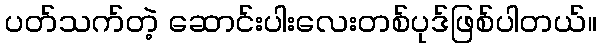
ပတ်သက်တဲ့ ဆောင်းပါးလေးတစ်ပုဒ်ဖြစ်ပါတယ်။